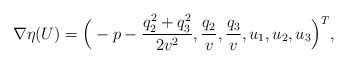
\begin{align*}\nabla\eta(U)=\Big(-p-\frac{q_2^2+q_3^2}{2v^2}, \frac{q_2}{v}, \frac{q_3}{v}, u_1, u_2, u_3 \Big)^T,\end{align*}